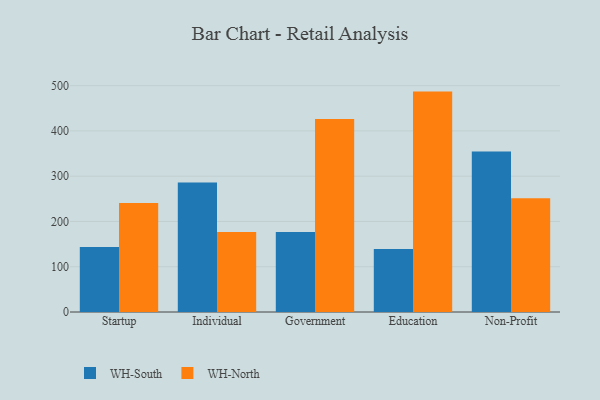
{"axis": {"x": "Segment", "y": "Gross Profit (USD K)"}, "legend": ["WH-North", "WH-South"], "data": [{"x": "Startup", "y": 143.4, "type": "WH-South"}, {"x": "Startup", "y": 241.0, "type": "WH-North"}, {"x": "Individual", "y": 285.9, "type": "WH-South"}, {"x": "Individual", "y": 176.9, "type": "WH-North"}, {"x": "Government", "y": 176.8, "type": "WH-South"}, {"x": "Government", "y": 426.5, "type": "WH-North"}, {"x": "Education", "y": 139.2, "type": "WH-South"}, {"x": "Education", "y": 486.8, "type": "WH-North"}, {"x": "Non-Profit", "y": 354.3, "type": "WH-South"}, {"x": "Non-Profit", "y": 251.3, "type": "WH-North"}]}